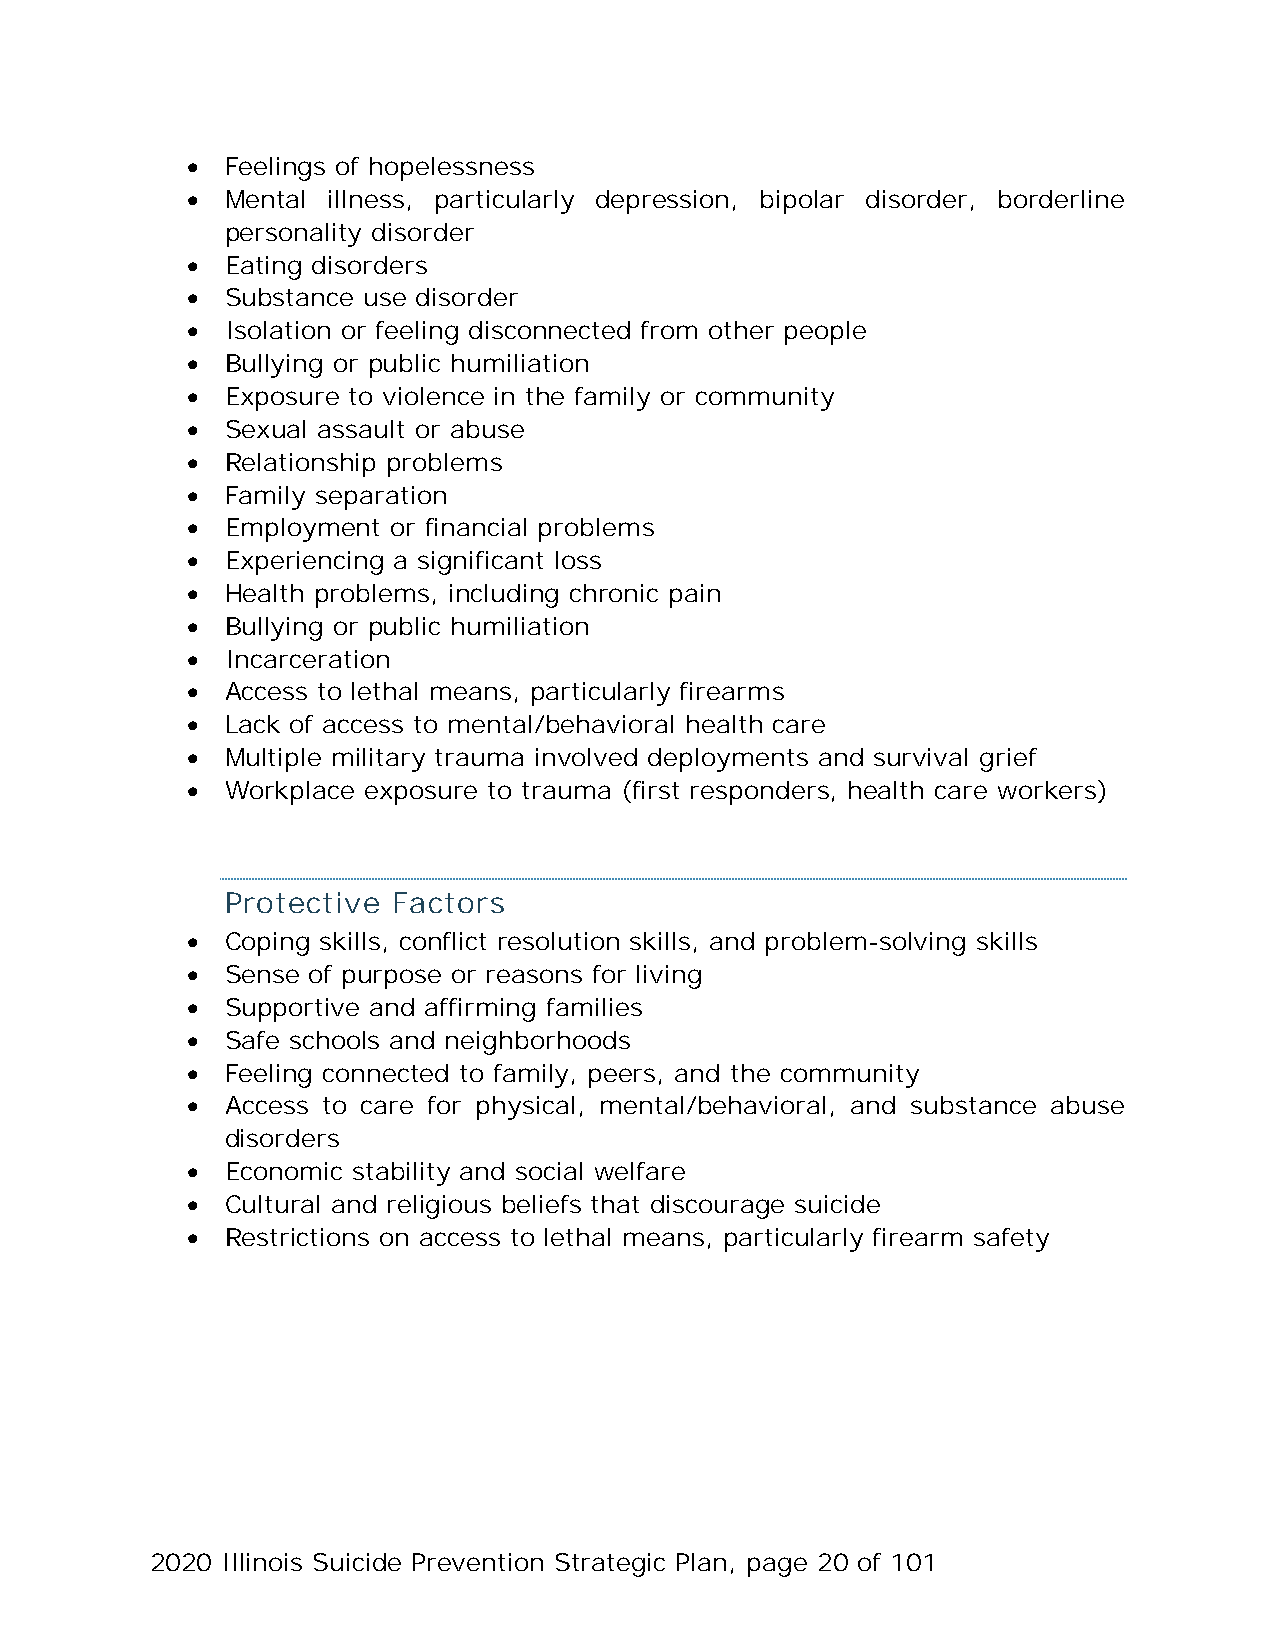
•  Feelings of hopelessness
 •  Mental illness, particularly depression, bipolar disorder, borderline
 personality disorder
 •  Eating disorders
 •  Substance use disorder
 •  Isolation or feeling disconnected from other people
 •  Bullying or public humiliation
 •  Exposure to violence in the family or community
 •  Sexual assault or abuse
 •  Relationship problems
 •  Family separation
 •  Employment or financial problems
 •  Experiencing a significant loss
 •  Health problems, including chronic pain
 •  Bullying or public humiliation
 •  Incarceration
 •  Access to lethal means, particularly firearms
 •  Lack of access to mental/behavioral health care
 •  Multiple military trauma involved deployments and survival grief
 •  Workplace exposure to trauma (first responders, health care workers)
 Protective Factors
 •  Coping skills, conflict resolution skills, and problem-solving skills
 •  Sense of purpose or reasons for living
 •  Supportive and affirming families
 •  Safe schools and neighborhoods
 •  Feeling connected to family, peers, and the community
 •  Access to care for physical, mental/behavioral, and substance abuse
 disorders
 •  Economic stability and social welfare
 •  Cultural and religious beliefs that discourage suicide
 •  Restrictions on access to lethal means, particularly firearm safety
 2020 Illinois Suicide Prevention Strategic Plan, page 20 of 101